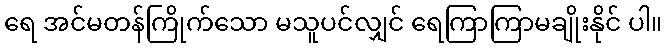
ရေ အင်မတန်ကြိုက်သော မသူပင်လျှင် ရေကြာကြာမချိုးနိုင် ပါ။